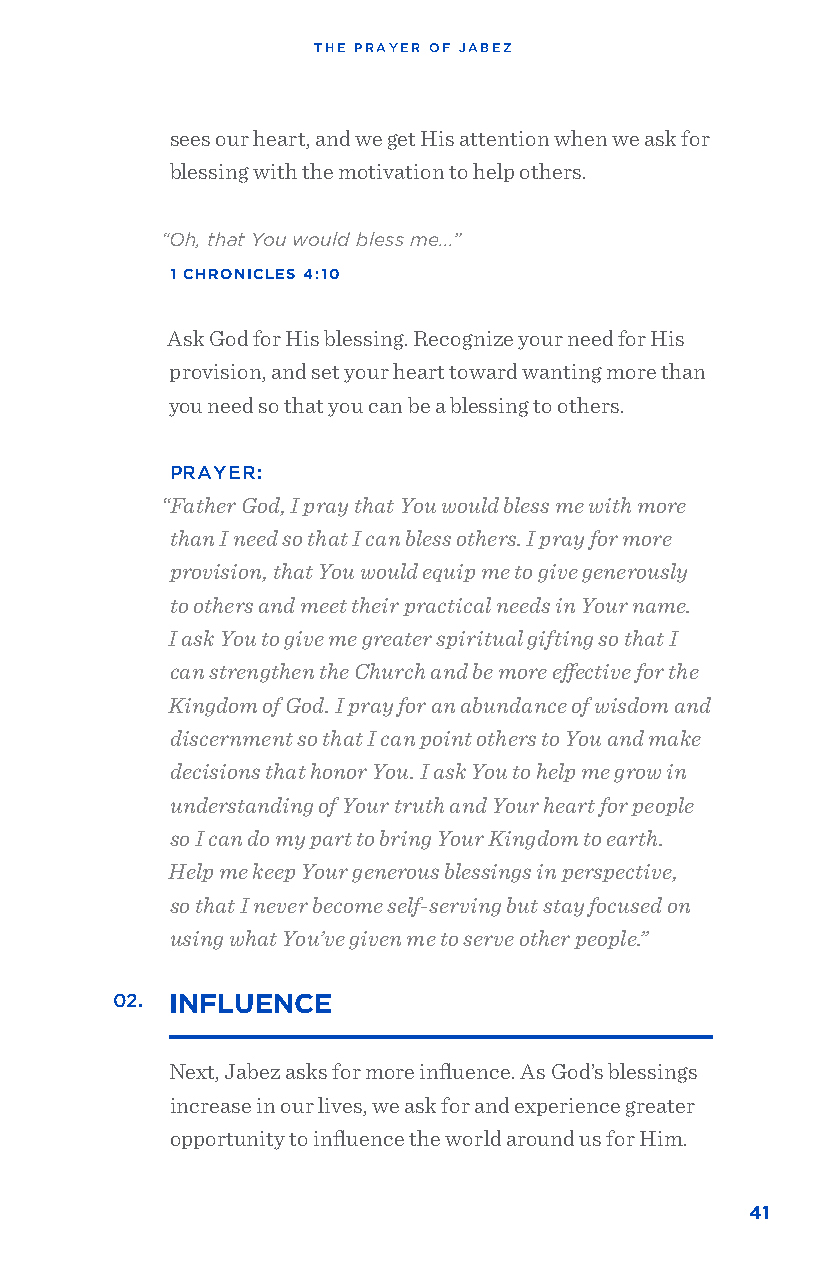
THE PRAYER OF JABEZ
 sees our heart, and we get His attention when we ask for
 blessing with the motivation to help others.
 “Oh, that You would bless me...”
 1 CHRONICLES 4:10
 Ask God for His blessing. Recognize your need for His
 provision, and set your heart toward wanting more than
 you need so that you can be a blessing to others.
 PRAYER:
 “Father God, I pray that You would bless me with more
 than I need so that I can bless others. I pray for more
 provision, that You would equip me to give generously
 to others and meet their practical needs in Your name.
 I ask You to give me greater spiritual gifting so that I
 can strengthen the Church and be more effective for the
 Kingdom of God. I pray for an abundance of wisdom and
 discernment so that I can point others to You and make
 decisions that honor You. I ask You to help me grow in
 understanding of Your truth and Your heart for people
 so I can do my part to bring Your Kingdom to earth.
 Help me keep Your generous blessings in perspective,
 so that I never become self-serving but stay focused on
 using what You’ve given me to serve other people.”
 02. INFLUENCE
 Next, Jabez asks for more influence. As God’s blessings
 increase in our lives, we ask for and experience greater
 opportunity to influence the world around us for Him.
 41